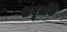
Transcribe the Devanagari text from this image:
सबूतोंके